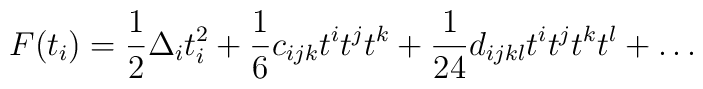
F(t_i) = {1\over2}\Delta_i t_i^2 + {1\over6} c_{ijk} t^i t^j t^k+{1\over24}d_{ijkl} t^i t^j t^k t^l + \dots